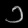
Digit: ၁